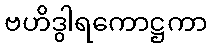
ဗဟိဒွါရကောဋ္ဌကာ